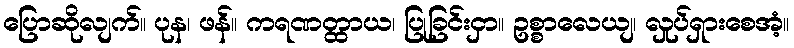
ပြောဆိုလျက်။ ပုန၊ ဖန်။ ကရဏတ္ထာယ၊ ပြုခြင်းငှာ။ ဥစ္စာလေယျ၊ လှုပ်ရှားစေအံ့။